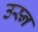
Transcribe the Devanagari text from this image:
उस्न